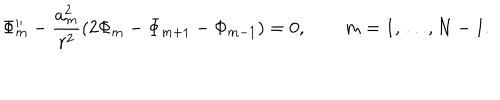
\Phi _ { m } ^ { \prime \prime } - \frac { a _ { m } ^ { 2 } } { r ^ { 2 } } \left( 2 \Phi _ { m } - \Phi _ { m + 1 } - \Phi _ { m - 1 } \right) = 0 , \qquad m = 1 , \ldots , N - 1 .